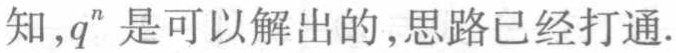
知,$q^{n}$ 是可以解出的,思路已经打通.